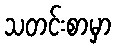
သတင်းစာမှာ